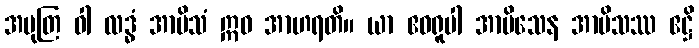
အမုတြ ဝါ လဒ္ဓံ အာမိသံ ဣဓ အာဟရတိ။ ယာ ဧဝရူပါ အာမိသေန အာမိသဿ ဧဋ္ဌိ